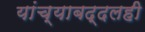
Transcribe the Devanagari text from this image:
यांच्याबद्दलही